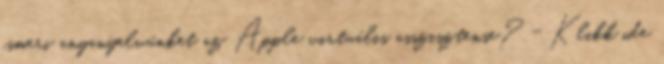
ismeri anyanyelvünket az Apple virtuális asszisztense? - Klikk ide